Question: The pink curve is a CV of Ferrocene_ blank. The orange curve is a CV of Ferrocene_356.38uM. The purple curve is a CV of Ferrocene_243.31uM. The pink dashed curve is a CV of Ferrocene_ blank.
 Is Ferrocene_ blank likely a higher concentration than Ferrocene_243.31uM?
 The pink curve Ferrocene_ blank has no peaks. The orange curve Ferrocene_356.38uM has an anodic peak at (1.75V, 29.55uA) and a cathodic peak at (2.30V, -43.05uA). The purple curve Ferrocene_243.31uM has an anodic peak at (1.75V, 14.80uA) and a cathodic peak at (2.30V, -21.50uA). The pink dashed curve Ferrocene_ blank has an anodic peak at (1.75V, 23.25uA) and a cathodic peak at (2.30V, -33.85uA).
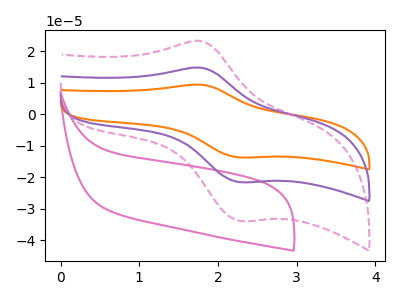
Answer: <think>All the peaks in "Ferrocene_ blank" have a peak in "Ferrocene_243.31uM" at the same potential. Every peak in "Ferrocene_ blank" is higher than every peak in "Ferrocene_243.31uM".
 </think>
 <answer>"Ferrocene_ blank" has more signal than "Ferrocene_243.31uM".</answer>
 <eval>more_signal</eval>